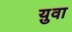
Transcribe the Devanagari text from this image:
य़ुवा